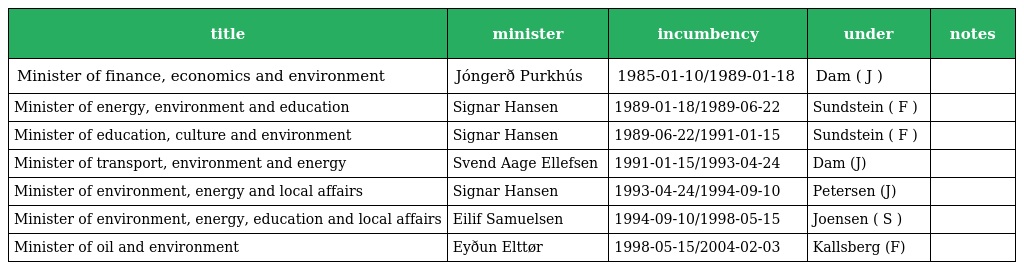
| title | minister | incumbency | under | notes |
 | --- | --- | --- | --- | --- |
 | Minister of finance, economics and environment | Jóngerð Purkhús | 1985-01-10/1989-01-18 | Dam ( J ) |  |
 | Minister of energy, environment and education | Signar Hansen | 1989-01-18/1989-06-22 | Sundstein ( F ) |  |
 | Minister of education, culture and environment | Signar Hansen | 1989-06-22/1991-01-15 | Sundstein ( F ) |  |
 | Minister of transport, environment and energy | Svend Aage Ellefsen | 1991-01-15/1993-04-24 | Dam (J) |  |
 | Minister of environment, energy and local affairs | Signar Hansen | 1993-04-24/1994-09-10 | Petersen (J) |  |
 | Minister of environment, energy, education and local affairs | Eilif Samuelsen | 1994-09-10/1998-05-15 | Joensen ( S ) |  |
 | Minister of oil and environment | Eyðun Elttør | 1998-05-15/2004-02-03 | Kallsberg (F) |  |